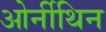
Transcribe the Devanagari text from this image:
ओर्नीथिन